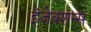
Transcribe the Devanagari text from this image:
इंजेक्शन्स